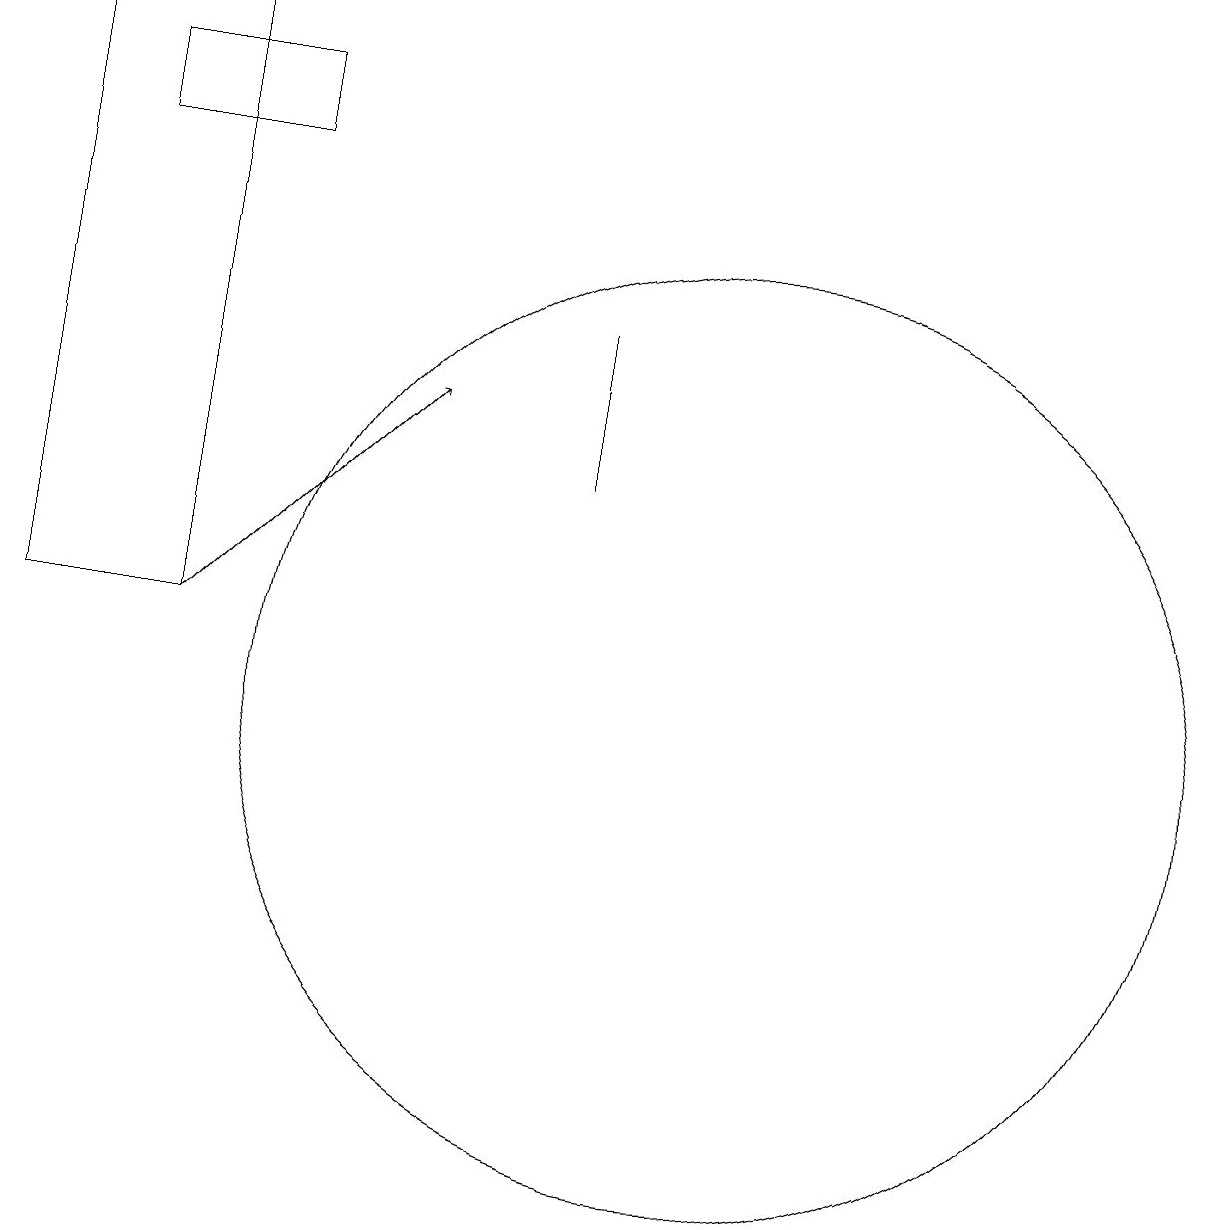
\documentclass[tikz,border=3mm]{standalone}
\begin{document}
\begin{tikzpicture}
\draw (11,10) circle (6);
\draw (4,19) rectangle (2,11);
\draw[->] (4,11) -- (7,14);
\draw (5,18) rectangle (3,17);
\draw (9,15) rectangle (9,13);
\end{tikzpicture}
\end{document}